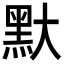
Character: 𪐝